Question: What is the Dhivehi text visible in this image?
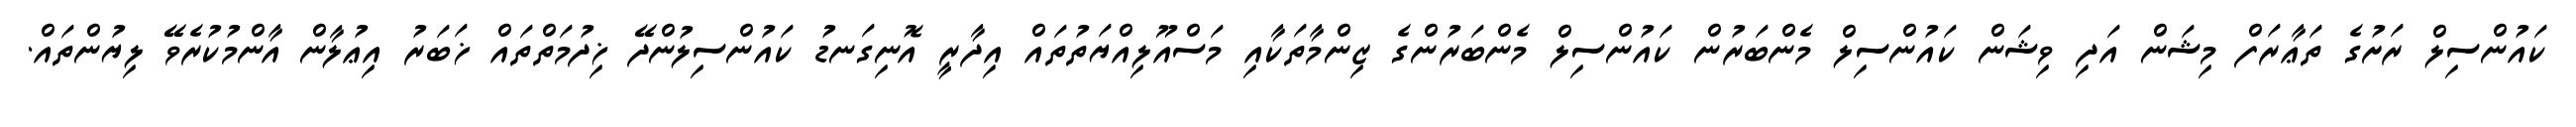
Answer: ކައުންސިލް ރަށުގެ ތަޢާރަފް މިޝަން އަދި ވިޝަން ކައުންސިލް މެންބަރުން ކައުންސިލް މެންބަރުންގެ ޒިންމާތަކާއި މަސްއޫލިއްޔަތުތައް އިދާރީ އޮނިގަނޑު ކައުންސިލުންދޭ ޚިދުމަތްތައް ޚަބަރު އިޢުލާން އާންމުކުރެވޭ ލިޔުންތައް.